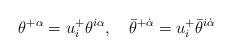
LaTeX: \begin{align*}\theta^{+\alpha} = u^+_i\theta^{i\alpha},\quad \bar\theta^{+\dot\alpha} = u^+_i\bar\theta^{i\dot\alpha} \end{align*}